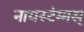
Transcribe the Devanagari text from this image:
नायस्‍टेग्‍मस्